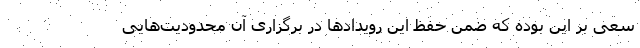
سعی بر این بوده که ضمن حفظ این رویدادها در برگزاری آن محدودیت‌هایی